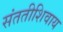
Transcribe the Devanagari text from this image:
संततीशिवाय